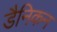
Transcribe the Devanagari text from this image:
डैनिकन